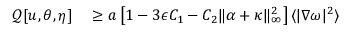
\begin{array} { r l } { \mathcal { Q } [ u , \theta , \eta ] } & { { } \geq a \left[ 1 - 3 \epsilon C _ { 1 } - C _ { 2 } \| \alpha + \kappa \| _ { \infty } ^ { 2 } \right] \langle | \nabla \omega | ^ { 2 } \rangle } \end{array}